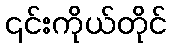
၎င်းကိုယ်တိုင်